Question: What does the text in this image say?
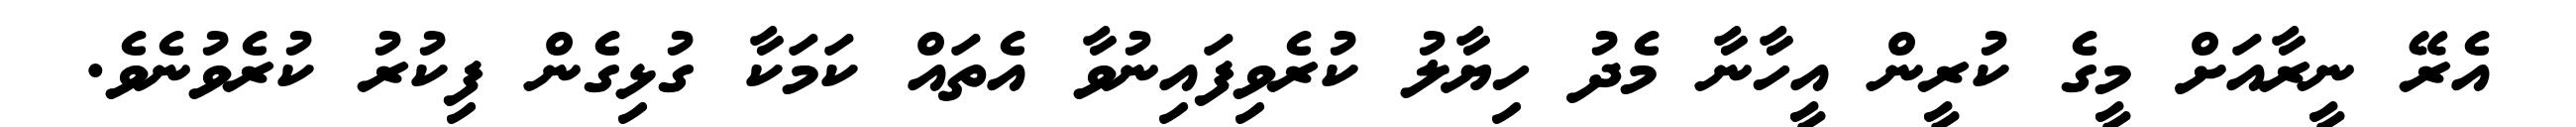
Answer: އެރޭ ނީރާއަށް މީގެ ކުރީން އީހާނާ މެދު ހިޔާލު ކުރެވިފައިނުވާ އެތައް ކަމަކާ ގުޅިގެން ފިކުރު ކުރެވުނެވެ.